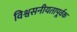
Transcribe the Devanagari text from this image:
विश्वसनीयतापूर्वक